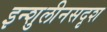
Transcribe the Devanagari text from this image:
इन्शुलीनसदृश